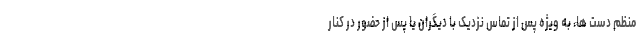
منظم دست ها، به ویژه پس از تماس نزدیک با دیگران یا پس از حضور در کنار